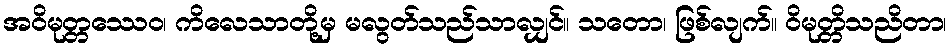
အဝိမုတ္တဿေဝ၊ ကိလေသာတို့မှ မလွတ်သည်သာလျှင်။ သတော၊ ဖြစ်လျက်။ ဝိမုတ္တိသညိတာ၊